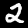
Label: 2